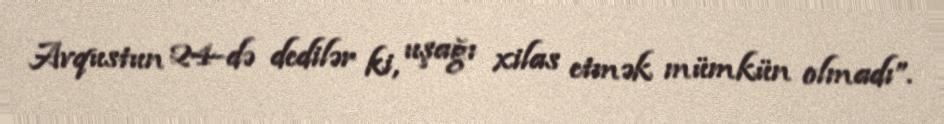
Avqustun 24-də dedilər ki, uşağı xilas etmək mümkün olmadı”.